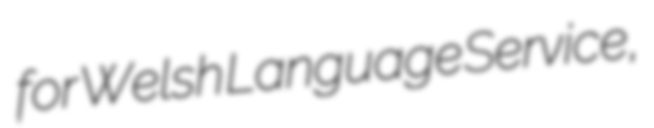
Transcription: for Welsh Language Service,